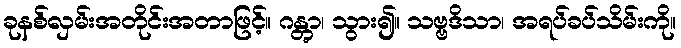
ခုနစ်လှမ်းအတိုင်းအတာဖြင့်။ ဂန္တွာ၊ သွား၍။ သဗ္ဗဒိသာ၊ အရပ်ခပ်သိမ်းကို။